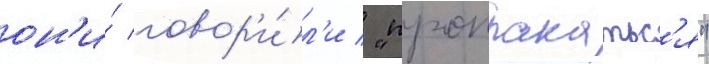
он'и́ говор'и́л'и / "проплакатьс'я"